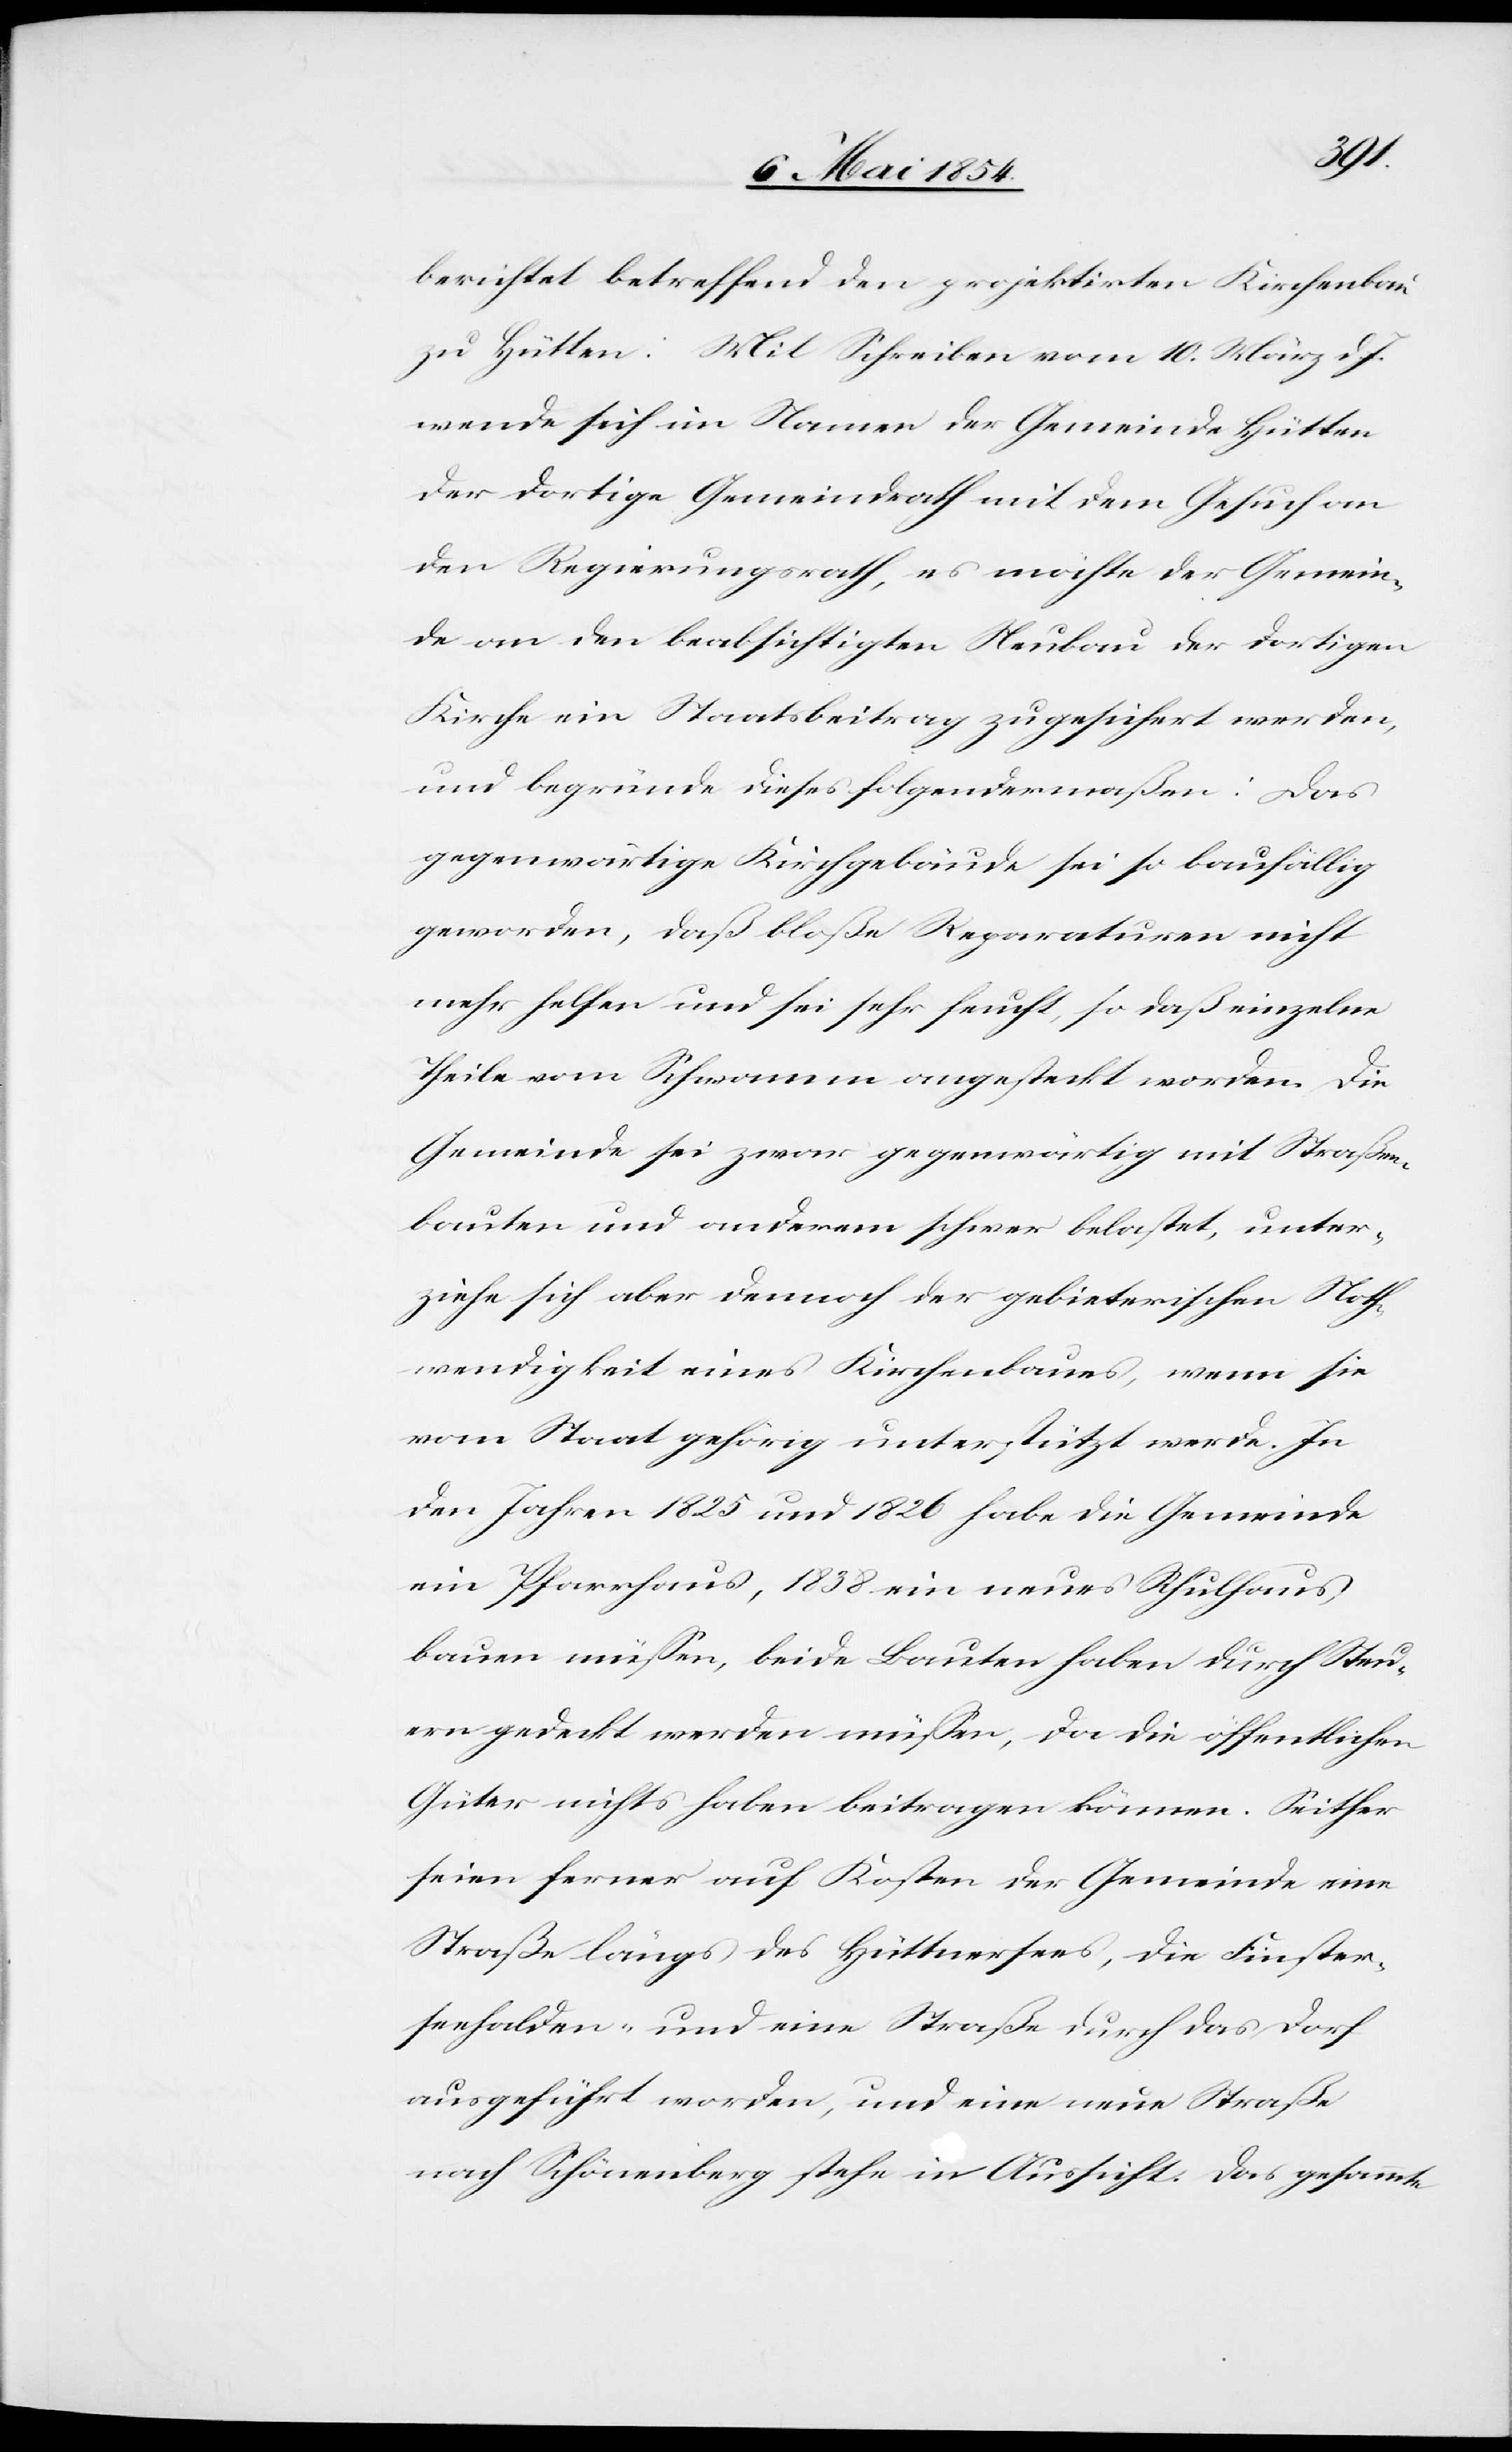
berichtet betreffend den projektirten Kirchenbau
zu Hütten: Mit Schreiben vom 10. März d. J.
wende sich im Namen der Gemeinde Hütten
der dortige Gemeindrath mit dem Gesuch an
den Regierungsrath, es möchte der Gemein¬
de an den beabsichtigten Neubau der dortigen
Kirche in Staatsbeitrag zugesichert werden,
und begründe dieses folgendermaßen: Das
gegenwärtige Kirchgebäude sei so baufällig
geworden, daß bloße Reparaturen nicht
mehr helfen und sei sehr feucht, so daß einzelne
Theile vom Schwamm angesteckt worden. Die
Gemeinde sei zwar gegenwärtig mit Straßen¬
bauten und anderem schwer belastet, unter¬
ziehe sich aber dennoch der gebieterischen Noth¬
wendigkeit eines Kirchenbaues, wenn sie
vom Staat gehörig unterstützt werde. In
den Jahren 1825 und 1826 habe die Gemeinde
ein Pfarrhaus, 1838 ein neues Schulhaus
bauen müßen, beide Bauten haben durch Steu¬
ern gedeckt werden müßen, da die öffentlichen
Güter nichts haben beitragen können. Seither
seien ferner auf Kosten der Gemeinde eine
Straße längs des Hüttnersees, die Finster¬
seehalden- und eine Straße durch das Dorf
ausgeführt worden, und eine neue Straße
nach Schönenberg stehe in Aussicht. Das gesammte